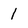
Character: 1